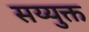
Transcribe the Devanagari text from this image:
सय्युक्त